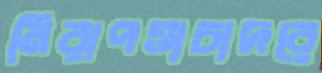
নিরাপত্তাচাদরে